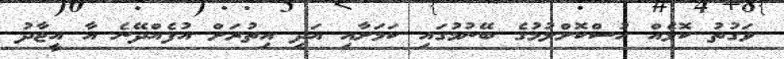
ވަގުތު ކޮޅެއް ހުސްކޮށްލުމުގެ ބޭނުމުގައި ކަމަށާއި އަދި އިތުރަށް އުފެއްދޭނެ އާ އީޖާދު